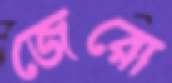
জেরো